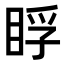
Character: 𥆬